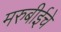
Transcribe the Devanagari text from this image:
मरुबीईचे